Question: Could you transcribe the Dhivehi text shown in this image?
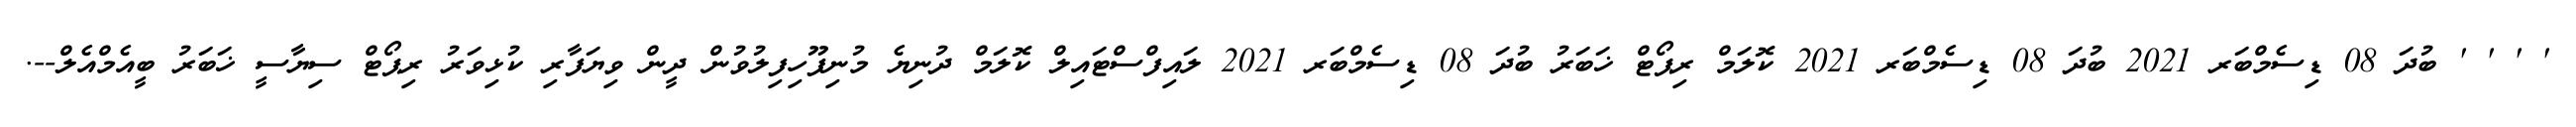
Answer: ' ' ' ' ބުދަ 08 ޑިސެމްބަރ 2021 ބުދަ 08 ޑިސެމްބަރ 2021 ކޮލަމް ރިޕޯޓް ޚަބަރު ބުދަ 08 ޑިސެމްބަރ 2021 ލައިފްސްޓައިލް ކޮލަމް ދުނިޔެ މުނިފޫހިފިލުވުން ދީން ވިޔަފާރި ކުޅިވަރު ރިޕޯޓް ސިޔާސީ ޚަބަރު ބީއެމްއެލް--.